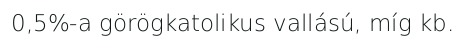
0,5%-a görögkatolikus vallású, míg kb.